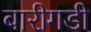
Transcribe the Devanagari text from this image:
बारीगडी